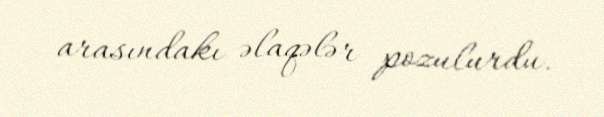
arasındakı əlaqələr pozulurdu.